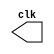
module clock ( clk ); 
output clk; 
reg clk; 
initial 
begin 
clk = 1'b0; 
end 
always 
begin 
#60 clk = ~clk; 
end 
endmodule 

module pulse ( signal, clock ); 
input clock; 
output signal; 
reg signal; 
always @ ( clock ) 
begin 
	  signal = 1'b0; 
#180 signal = 1'b1;
#180 signal = 1'b0; 
end 
endmodule // pulse 

module trigger ( signal, on, clock ); 
input on, clock; 
output signal; 
reg signal; 
always @ ( negedge clock & on ) 
begin 
#60 signal = 1'b1; 
#60 signal = 1'b0; 
end 
endmodule // trigger 

module exercicio02; 
wire clk; 
clock clk1 ( clk ); 
reg p; 
wire p1, t1; 
pulse pulse1 ( p1, clk ); 

initial begin 
p = 1'b0; 
end 
initial begin 
$dumpfile ( "Exercicio02.vcd" ); 
$dumpvars ( 1, clk, p1, p ); 
#060 p = 1'b1; 
#120 p = 1'b0; 
#180 p = 1'b1; 
#240 p = 1'b0; 
#300 p = 1'b1; 
#360 p = 1'b0; 
#376 $finish; 
end 
endmodule // testclock01b